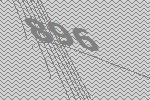
896